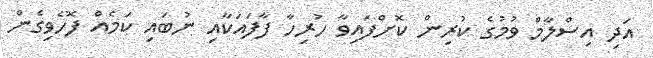
އަދި އިސްލާމް ވުމުގެ ކުރިން ކޮށްފައިވާ ހުރިހާ ފާފައަކާއި ނުބައި ކަމެއް ފޮހެވިގެން